Vabadussoja_Ajaloo_Komitee, lk 27
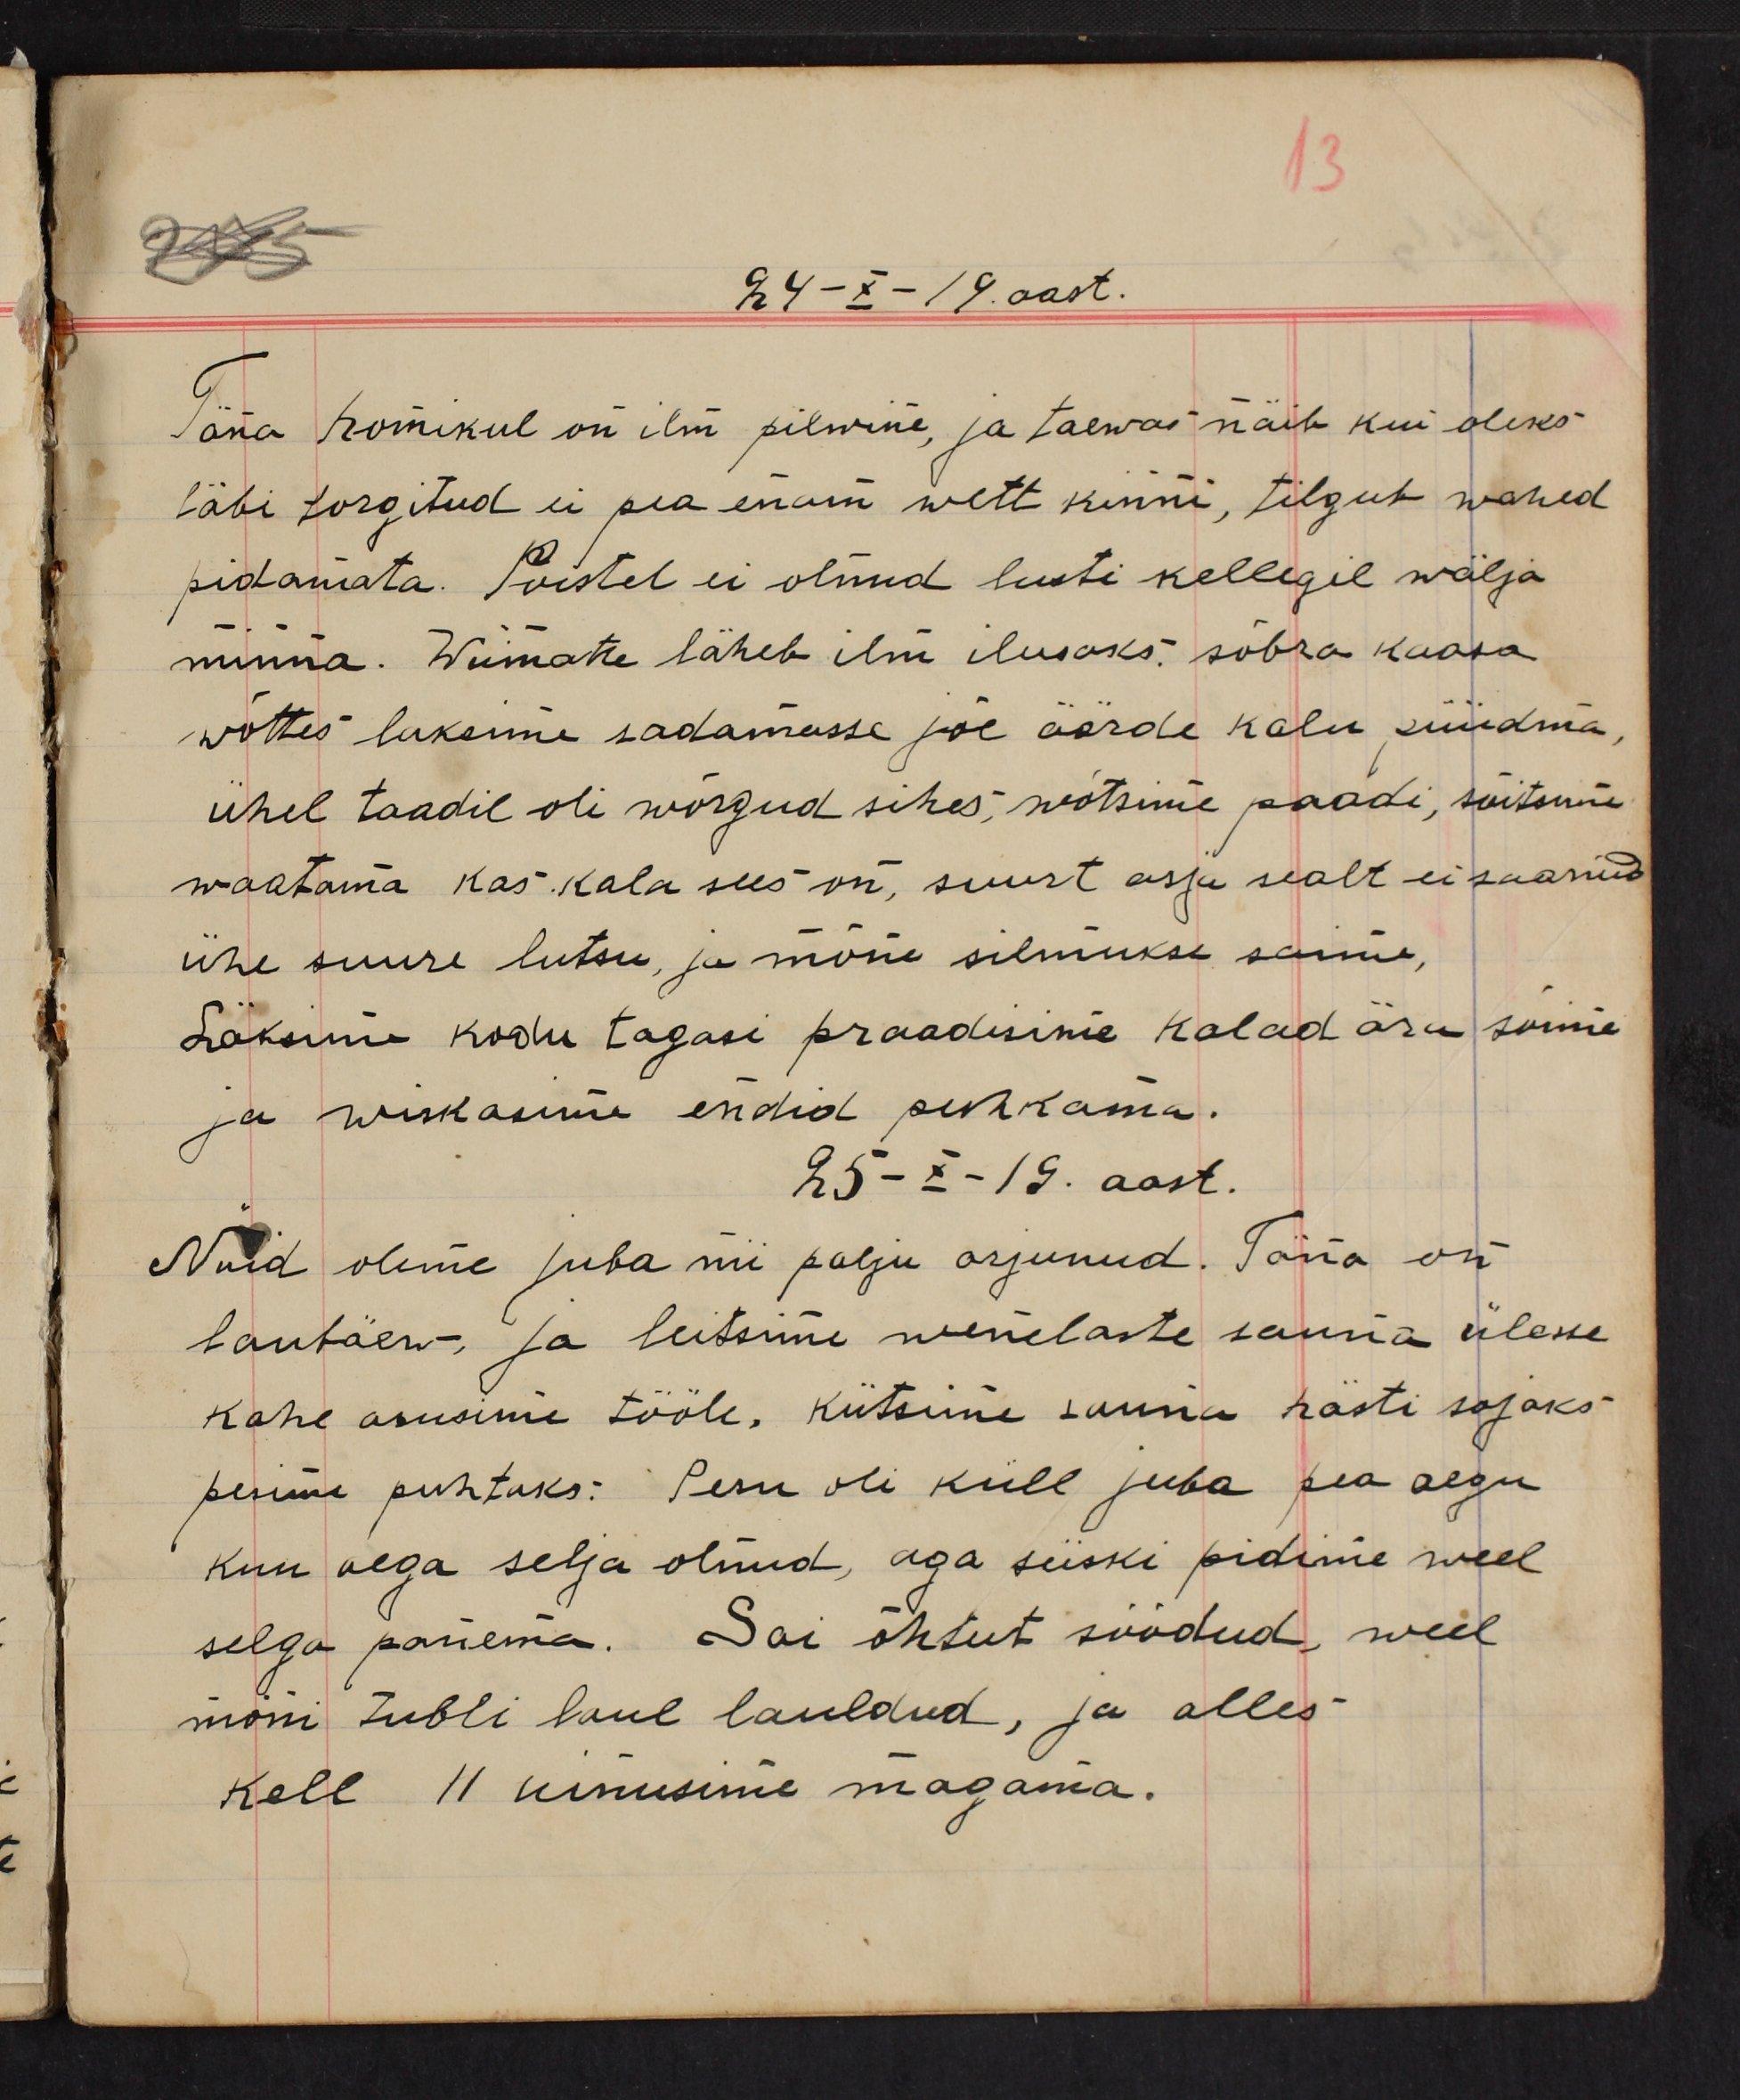
24-X-19. aast.
Täna homikul on ilm pilwine, ja taewas näib kui oleks
läbi torgitud ei pea enam wett kinni, tilgub wahed
pidamata. Poistel ei olnud lusti kellegil wälja
minna. Wiimati läheb ilm ilusaks: sõbra kaasa
wõttes laksime sadamasse jõe äärde kalu püüdma,
ühel taadil oli wõrgud sihes, wõtsime paadi, sõitsime
waatama kas kala sees on, suurt asja sealt ei saanud
ühe suure lutsu, ja mõne silmuse saime,
Läksime kodu tagasi praadisime kalad sõime
ja wiskasime endid puhkama.
25-X-19. aast.
Nuid oleme juba nii palju arjunud. Täna on
laupäev ja leitsime wenelaste sauna ülesse
Kohe asusime tööle, kütsime sauna hästi sojaks
pesime puhtaks. Pesu oli küll juba pea aegu
kuu aega selja olnud, aga siiski pidime weel
selga panema. Sai õhtust söödud, weel
mõni tubli laul lauldud, ja alles
kell 11 uinusime magama.